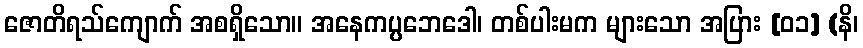
ဇောတိရသ်ကျောက် အစရှိသော။ အနေကပ္ပဘေဒေါ၊ တစ်ပါးမက များသော အပြား [၀၁] (နိ၊